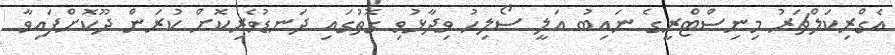
އެގްރިކަލްޗަރު މިނިސްޓްރީގެ ނައިބު އަލީ ސޯލިހު ވިދާޅުވި ގޮތުގައި ދަނޑުވެރިކޮށް ކުރަން ދޫކޮށްފައިވާ